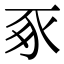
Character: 豖